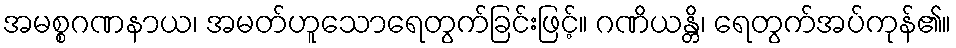
အမစ္စဂဏနာယ၊ အမတ်ဟူသောရေတွက်ခြင်းဖြင့်။ ဂဏိယန္တိ၊ ရေတွက်အပ်ကုန်၏။